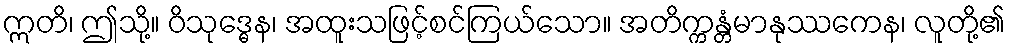
ဣတိ၊ ဤသို့။ ဝိသုဒ္ဓေန၊ အထူးသဖြင့်စင်ကြယ်သော။ အတိက္ကန္တံမာနုဿကေန၊ လူတို့၏